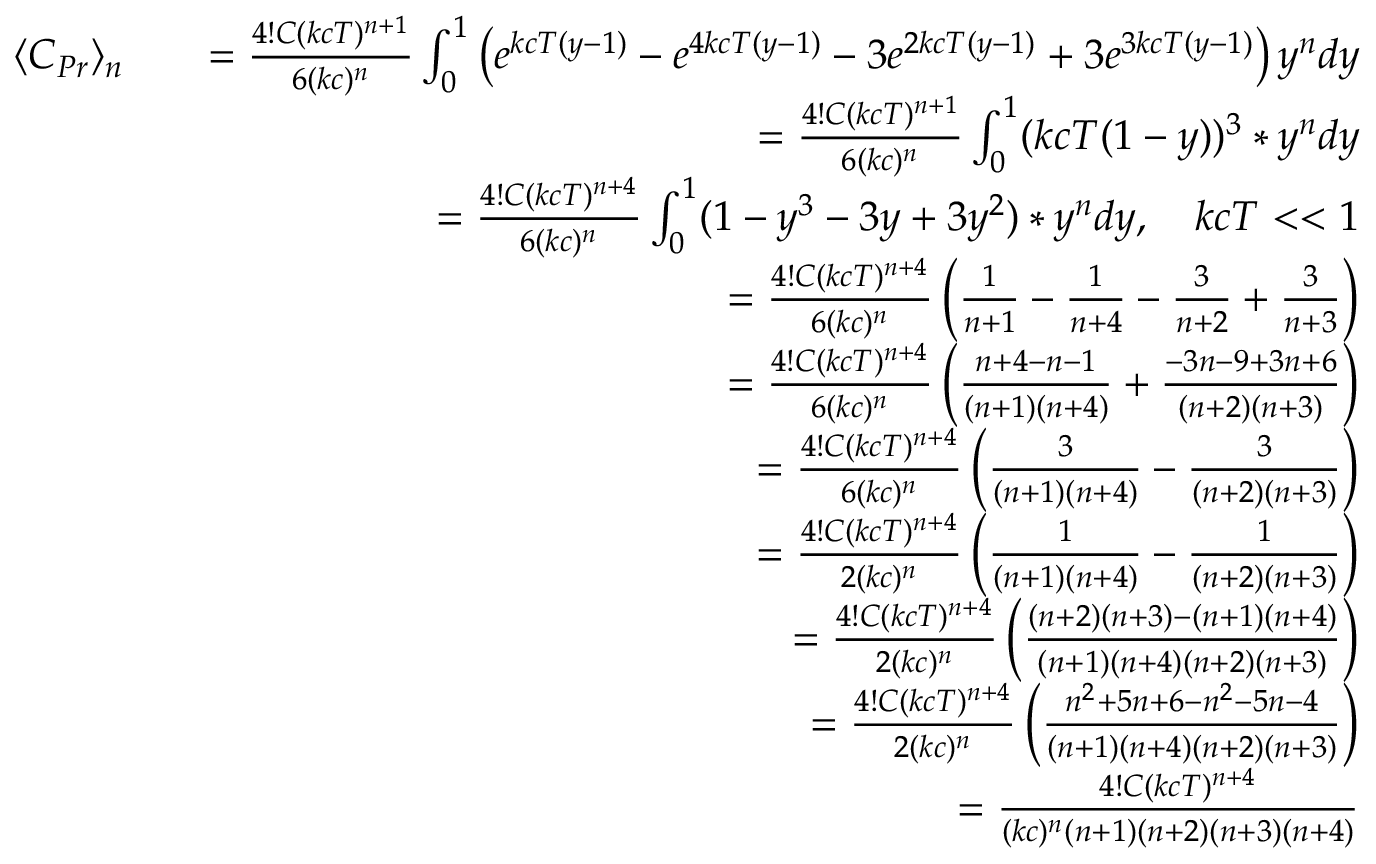
\begin{array} { r l r } { \langle C _ { P r } \rangle _ { n } } & { } & { = \frac { 4 ! C ( k c T ) ^ { n + 1 } } { 6 ( k c ) ^ { n } } \int _ { 0 } ^ { 1 } \left( e ^ { k c T ( y - 1 ) } - e ^ { 4 k c T ( y - 1 ) } - 3 e ^ { 2 k c T ( y - 1 ) } + 3 e ^ { 3 k c T ( y - 1 ) } \right) y ^ { n } d y } \\ & { } & { = \frac { 4 ! C ( k c T ) ^ { n + 1 } } { 6 ( k c ) ^ { n } } \int _ { 0 } ^ { 1 } ( k c T ( 1 - y ) ) ^ { 3 } * y ^ { n } d y } \\ & { } & { = \frac { 4 ! C ( k c T ) ^ { n + 4 } } { 6 ( k c ) ^ { n } } \int _ { 0 } ^ { 1 } ( 1 - y ^ { 3 } - 3 y + 3 y ^ { 2 } ) * y ^ { n } d y , \quad k c T < < 1 } \\ & { } & { = \frac { 4 ! C ( k c T ) ^ { n + 4 } } { 6 ( k c ) ^ { n } } \left( \frac { 1 } { n + 1 } - \frac { 1 } { n + 4 } - \frac { 3 } { n + 2 } + \frac { 3 } { n + 3 } \right) } \\ & { } & { = \frac { 4 ! C ( k c T ) ^ { n + 4 } } { 6 ( k c ) ^ { n } } \left( \frac { n + 4 - n - 1 } { ( n + 1 ) ( n + 4 ) } + \frac { - 3 n - 9 + 3 n + 6 } { ( n + 2 ) ( n + 3 ) } \right) } \\ & { } & { = \frac { 4 ! C ( k c T ) ^ { n + 4 } } { 6 ( k c ) ^ { n } } \left( \frac { 3 } { ( n + 1 ) ( n + 4 ) } - \frac { 3 } { ( n + 2 ) ( n + 3 ) } \right) } \\ & { } & { = \frac { 4 ! C ( k c T ) ^ { n + 4 } } { 2 ( k c ) ^ { n } } \left( \frac { 1 } { ( n + 1 ) ( n + 4 ) } - \frac { 1 } { ( n + 2 ) ( n + 3 ) } \right) } \\ & { } & { = \frac { 4 ! C ( k c T ) ^ { n + 4 } } { 2 ( k c ) ^ { n } } \left( \frac { ( n + 2 ) ( n + 3 ) - ( n + 1 ) ( n + 4 ) } { ( n + 1 ) ( n + 4 ) ( n + 2 ) ( n + 3 ) } \right) } \\ & { } & { = \frac { 4 ! C ( k c T ) ^ { n + 4 } } { 2 ( k c ) ^ { n } } \left( \frac { n ^ { 2 } + 5 n + 6 - n ^ { 2 } - 5 n - 4 } { ( n + 1 ) ( n + 4 ) ( n + 2 ) ( n + 3 ) } \right) } \\ & { } & { = \frac { 4 ! C ( k c T ) ^ { n + 4 } } { ( k c ) ^ { n } ( n + 1 ) ( n + 2 ) ( n + 3 ) ( n + 4 ) } } \end{array}